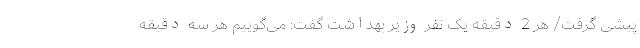
پیشی گرفت/ هر 2 دقیقه یک نفر وزیر بهداشت گفت: می‌‌گوییم هر سه دقیقه